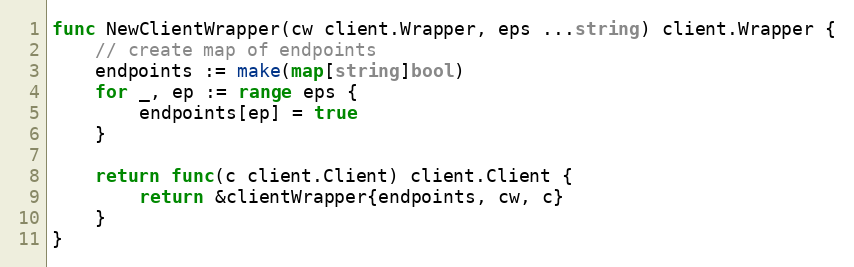
Language: Go
func NewClientWrapper(cw client.Wrapper, eps ...string) client.Wrapper {
	// create map of endpoints
	endpoints := make(map[string]bool)
	for _, ep := range eps {
		endpoints[ep] = true
	}

	return func(c client.Client) client.Client {
		return &clientWrapper{endpoints, cw, c}
	}
}